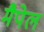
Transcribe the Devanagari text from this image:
मैपेल